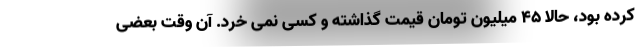
کرده بود، حالا ۴۵ میلیون تومان قیمت گذاشته و کسی نمی خرد. آن وقت بعضی